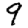
Digit: 9